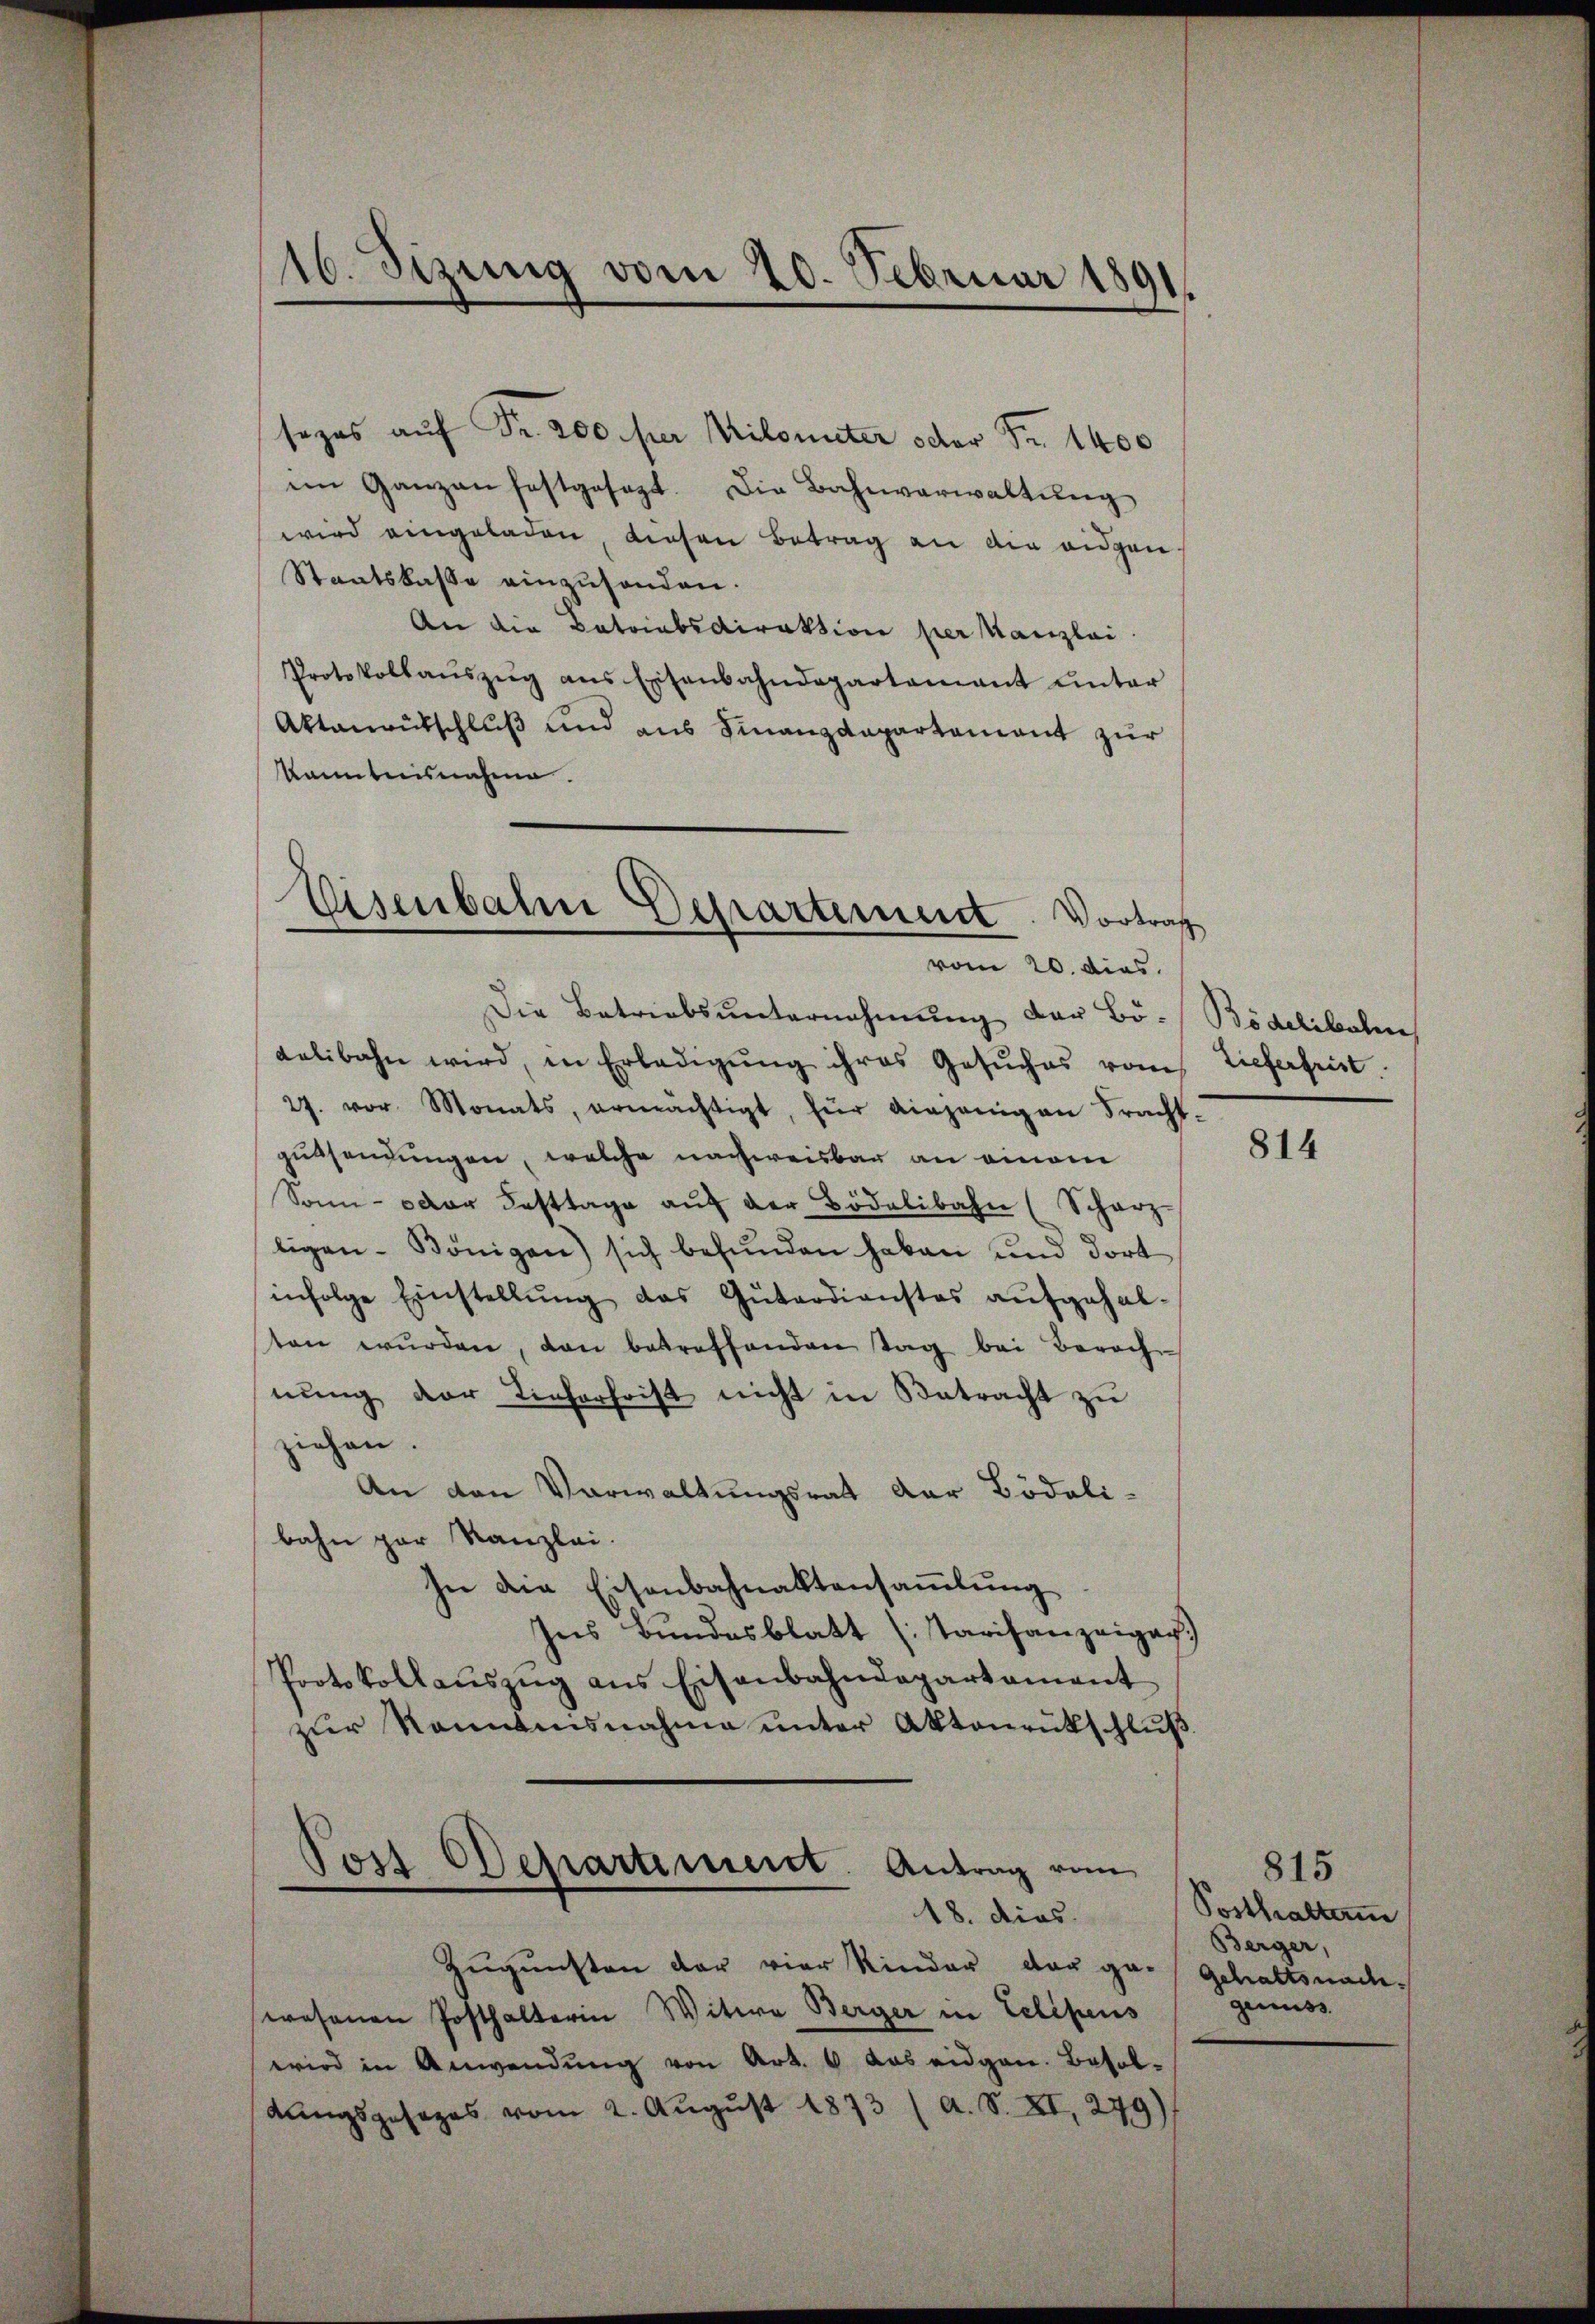
16. Sizung vom 20. Februar 1891.

sezes auf Fr. 200 per Milounter oder Fr. 1400
im Ganzen festgesagt. Die Bahnverwaltŭng
wird eingeladen, diesen Betrag an die eidgen
Staatskasse einzuhanden.
An die Batriabsdirektion per Kanzlei
Protokollaŭszŭg ans Exisenbahndepartamant ŭnter
Aktanrutschluß und aus Finanzdepartamant zur
kanntnisnahme.
Eisenbahn Departement. Vortrag
.

vom 20. dies

Die Betriebsunternehmung der Bo-Bödelibalen
delibahn wird, in Erledigŭng ihres Gesŭches vom Tieferfrist
27. vor. Monats, ermächtigt, für einzenig an Fracht-
gutsendungen, welche nachweisbar an einem
Sonn- oder Fasttage aŭf der Bödelibahn (Scharz
ligen-Königen) sich befŭnden haben und dort
infolge Einstellŭng das Gŭtardienstes aŭfgehalten wŭrden, dan betreffenden tag bei Berech
nung der Tieferfrist nicht in Betracht zu
ziehen.
An den Verwaltungsrat der Bödali-
bahn par Kanzlei.
In die Eisenbahnaktensammlung
Ins Bundesblatt (Tarifanzeigag.)
Protokollaŭszŭg ans Eisenbahndepartament
zur Konntensnahme unter Aktenrütschluß
Post Departement. Antrag vom
18. dies
Zugunsten der vier Kinder der ge-Gehaltsnachwesenen Posthalterin Witwe Berger in Eelipens
wird in Anwendung von Art. 6 das eidgen. Besol¬
Langsgesezes vom 2. Aŭgŭst 1873 (A. S. XI, 279)

814

815
Posthalterin
Berger,
genuss